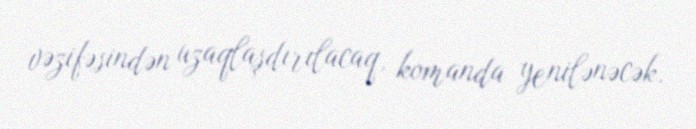
vəzifəsindən uzaqlaşdırılacaq, komanda yenilənəcək.